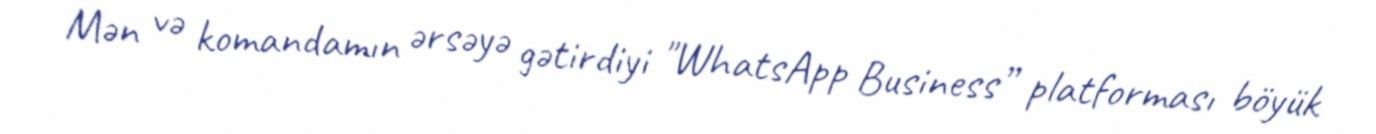
Mən və komandamın ərsəyə gətirdiyi "WhatsApp Business” platforması böyük